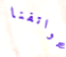
هواتفنا